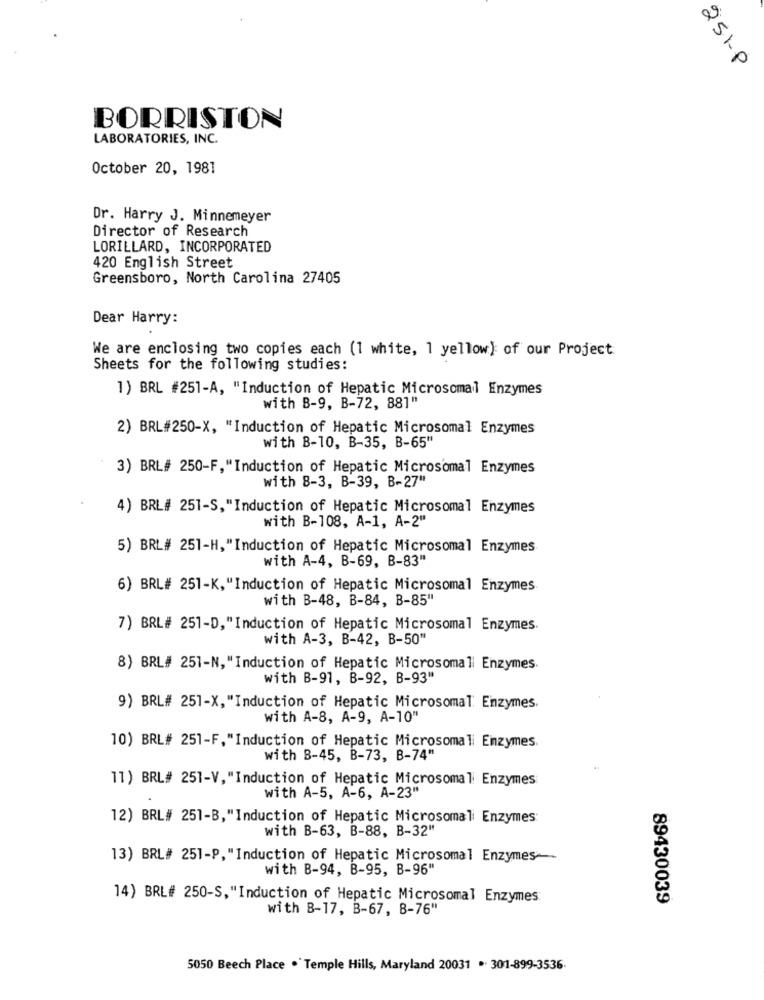
251-P
BORRISTON
LABORATORIES, INC.
October 20, 1981
Dr. Harry J. Minnemeyer
Director of Research
LORILLARD, INCORPORATED
420 English Street
Greensboro, North Carolina 27405
Dear Harry:
We are enclosing two copies each (1 white, 1 yellow) of our Project
Sheets for the following studies:
1) BRL #251-A, "Induction of Hepatic Microsomal Enzymes
with B-9, B-72, 881"
2) BRL#250-X, "Induction of Hepatic Microsomal Enzymes
with B-10, B-35, B-65"
3) BRL# 250-F,“Induction of Hepatic Microsomal Enzymes
with B-3, B-39, B-27"
4) BRL# 251-S,"Induction of Hepatic Microsomal Enzymes
with B-108, A-1, A-2"
5) BRL# 251-H,"Induction of Hepatic Microsomal Enzymes
with A-4, B-69, B-83"
6) BRL# 251-K,"Induction of Hepatic Microsomal Enzymes
with B-48, B-84, B-85"
7) BRL# 251-D,"Induction of Hepatic Microsomal Enzymes.
with A-3, B-42, B-50"
8) BRL# 251-N, "Induction of Hepatic Microsomall Enzymes.
with B-91, B-92, B-93"
9) BRL# 251-X, "Induction of Hepatic Microsomal Enzymes.
with A-8, A-9, A-10"
10) BRL# 251-F,"Induction of Hepatic Microsomali Enzymes.
with B-45, B-73, B-74"
11) BRL# 251-V, "Induction of Hepatic Microsomali Enzymes
with A-5, A-6, A-23"
12) BRL# 251-B,"Induction of Hepatic Microsomali Enzymes:
with B-63, B-88, B-32"
13) BRL# 251-P, "Induction of Hepatic Microsomal Enzymes-
with B-94, B-95, B-96"
14) BRL# 250-S,"Induction of Hepatic Microsomal Enzymes
89430039
with B-17, B-67, B-76"
5050 Beech Place .'Temple Hills, Maryland 20031 .. 301-899-3536.